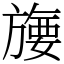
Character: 㫏